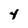
Character: 4